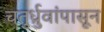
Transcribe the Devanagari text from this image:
चतुर्ध्रुवांपासून